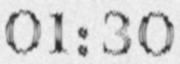
01:30